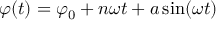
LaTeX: \varphi ( t ) = \varphi _ { 0 } + n \omega t + a \sin ( \omega t )